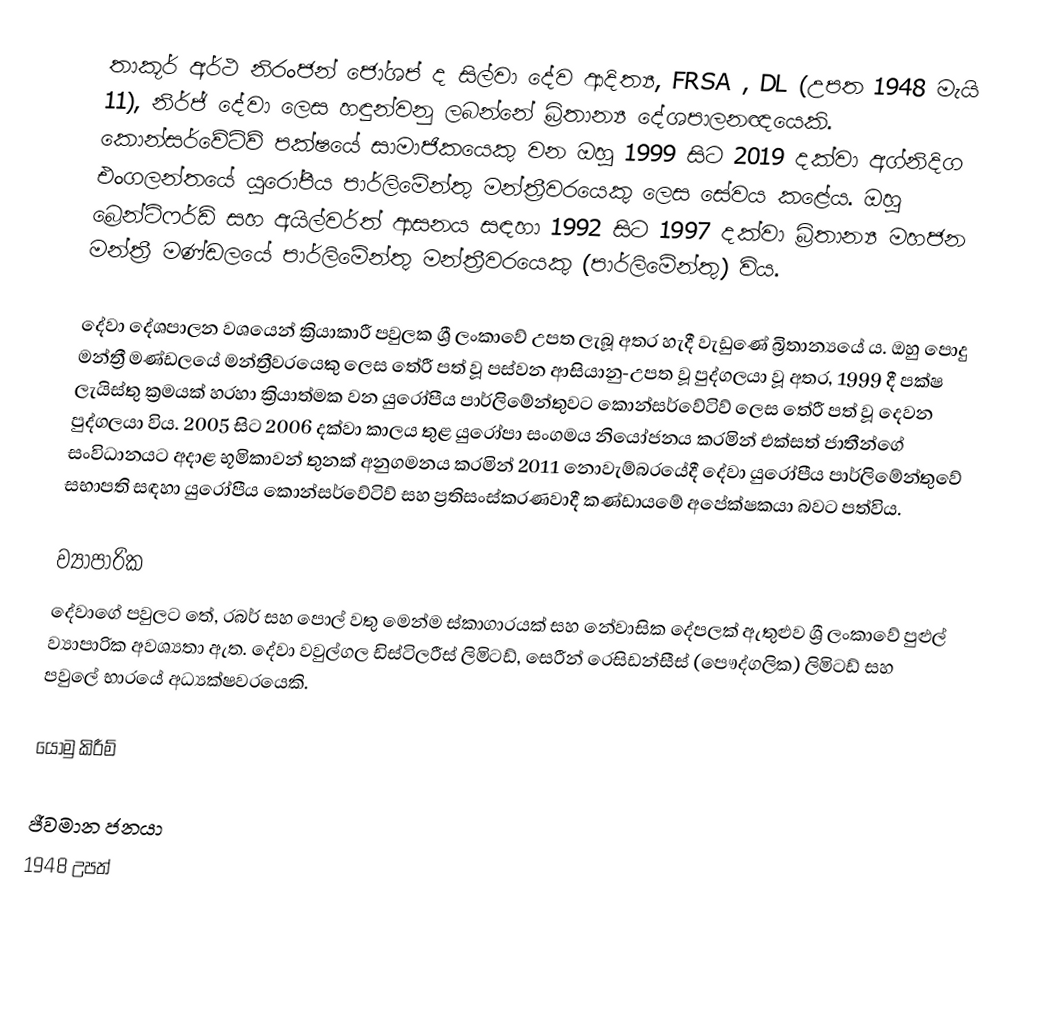
තාකූර් අර්ථ නිරංජන් ජෝශප් ද සිල්වා දේව ආදිත්‍ය, FRSA , DL (උපත 1948 මැයි 11), නිර්ජ් දේවා ලෙස හඳුන්වනු ලබන්නේ බ්‍රිතාන්‍ය දේශපාලනඥයෙකි. කොන්සර්වේටිව් පක්ෂයේ සාමාජිකයෙකු වන ඔහු 1999 සිට 2019 දක්වා අග්නිදිග එංගලන්තයේ යුරෝපීය පාර්ලිමේන්තු මන්ත්‍රීවරයෙකු ලෙස සේවය කළේය. ඔහු බ්‍රෙන්ට්ෆර්ඩ් සහ අයිල්වර්ත් ආසනය සඳහා 1992 සිට 1997 දක්වා බ්‍රිතාන්‍ය මහජන මන්ත්‍රී මණ්ඩලයේ පාර්ලිමේන්තු මන්ත්‍රීවරයෙකු (පාර්ලිමේන්තු) විය.

දේවා දේශපාලන වශයෙන් ක්‍රියාකාරී පවුලක ශ්‍රී ලංකාවේ උපත ලැබූ අතර හැදී වැඩුණේ බ්‍රිතාන්‍යයේ ය. ඔහු පොදු මන්ත්‍රී මණ්ඩලයේ මන්ත්‍රීවරයෙකු ලෙස තේරී පත් වූ පස්වන ආසියානු-උපත වූ පුද්ගලයා වූ අතර, 1999 දී පක්ෂ ලැයිස්තු ක්‍රමයක් හරහා ක්‍රියාත්මක වන යුරෝපීය පාර්ලිමේන්තුවට කොන්සර්වේටිව් ලෙස තේරී පත් වූ දෙවන පුද්ගලයා විය. 2005 සිට 2006 දක්වා කාලය තුළ යුරෝපා සංගමය නියෝජනය කරමින් එක්සත් ජාතීන්ගේ සංවිධානයට අදාළ භූමිකාවන් තුනක් අනුගමනය කරමින් 2011 නොවැම්බරයේදී දේවා යුරෝපීය පාර්ලිමේන්තුවේ සභාපති සඳහා යුරෝපීය කොන්සර්වේටිව් සහ ප්‍රතිසංස්කරණවාදී කණ්ඩායමේ අපේක්ෂකයා බවට පත්විය.

ව්‍යාපාරික
දේවාගේ පවුලට තේ, රබර් සහ පොල් වතු මෙන්ම ස්කාගාරයක් සහ නේවාසික දේපලක් ඇතුළුව ශ්‍රී ලංකාවේ පුළුල් ව්‍යාපාරික අවශ්‍යතා ඇත.  දේවා වවුල්ගල ඩිස්ටිලරීස් ලිමිටඩ්, සෙරීන් රෙසිඩන්සීස් (පෞද්ගලික) ලිමිටඩ් සහ පවුලේ භාරයේ අධ්‍යක්ෂවරයෙකි.

යොමු කිරීම්

ජීවමාන ජනයා
1948 උපත්